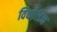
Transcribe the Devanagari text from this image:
विको़डिन